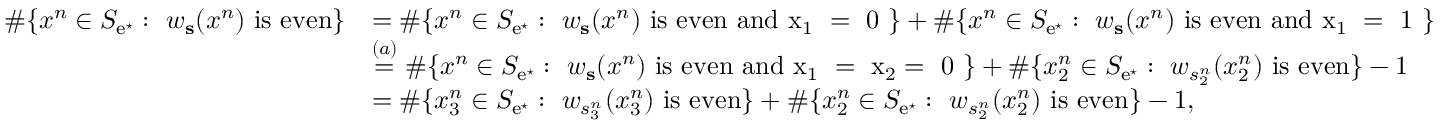
\begin{array} { r l } { \# \{ x ^ { n } \in S _ { \mathrm { e } ^ { \star } } : \ w _ { \mathbf { s } } ( x ^ { n } ) \mathrm { ~ i s ~ e v e n } \} } & { = \# \{ x ^ { n } \in S _ { \mathrm { e } ^ { \star } } : \ w _ { \mathbf { s } } ( x ^ { n } ) \mathrm { ~ i s ~ e v e n ~ a n d ~ x _ 1 ~ = ~ 0 ~ } \} + \# \{ x ^ { n } \in S _ { \mathrm { e } ^ { \star } } : \ w _ { \mathbf { s } } ( x ^ { n } ) \mathrm { ~ i s ~ e v e n ~ a n d ~ x _ 1 ~ = ~ 1 ~ } \} } \\ & { \stackrel { ( a ) } { = } \# \{ x ^ { n } \in S _ { \mathrm { e } ^ { \star } } : \ w _ { \mathbf { s } } ( x ^ { n } ) \mathrm { ~ i s ~ e v e n ~ a n d ~ x _ 1 ~ = ~ x _ 2 = ~ 0 ~ } \} + \# \{ x _ { 2 } ^ { n } \in S _ { \mathrm { e } ^ { \star } } : \ w _ { s _ { 2 } ^ { n } } ( x _ { 2 } ^ { n } ) \mathrm { ~ i s ~ e v e n } \} - 1 } \\ & { = \# \{ x _ { 3 } ^ { n } \in S _ { \mathrm { e } ^ { \star } } : \ w _ { s _ { 3 } ^ { n } } ( x _ { 3 } ^ { n } ) \mathrm { ~ i s ~ e v e n } \} + \# \{ x _ { 2 } ^ { n } \in S _ { \mathrm { e } ^ { \star } } : \ w _ { s _ { 2 } ^ { n } } ( x _ { 2 } ^ { n } ) \mathrm { ~ i s ~ e v e n } \} - 1 , } \end{array}